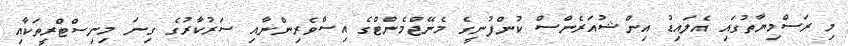
މި ރަސްމިޔާތުގައި އެލައިޑު އިންޝުއަރެންސް ކުންފުނީގެ މެނޭޖްމެންޓްގެ އިސްވެރިންނާއި ސަރުކާރުގެ ގިނަ މިނިސްޓްރީތަކާއި